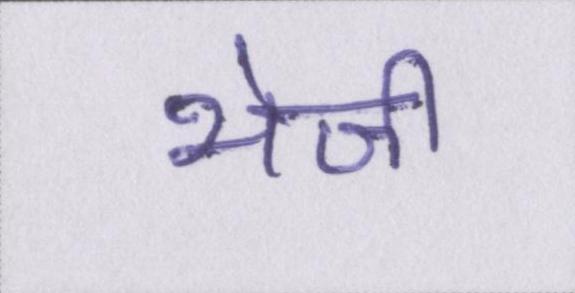
भेजी